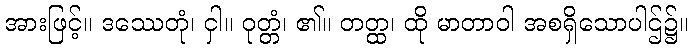
အားဖြင့်။ ဒဿေတုံ၊ ငှါ။ ဝုတ္တံ၊ ၏။ တတ္ထ၊ ထို မာတာဝါ အစရှိသောပါဌ်၌။